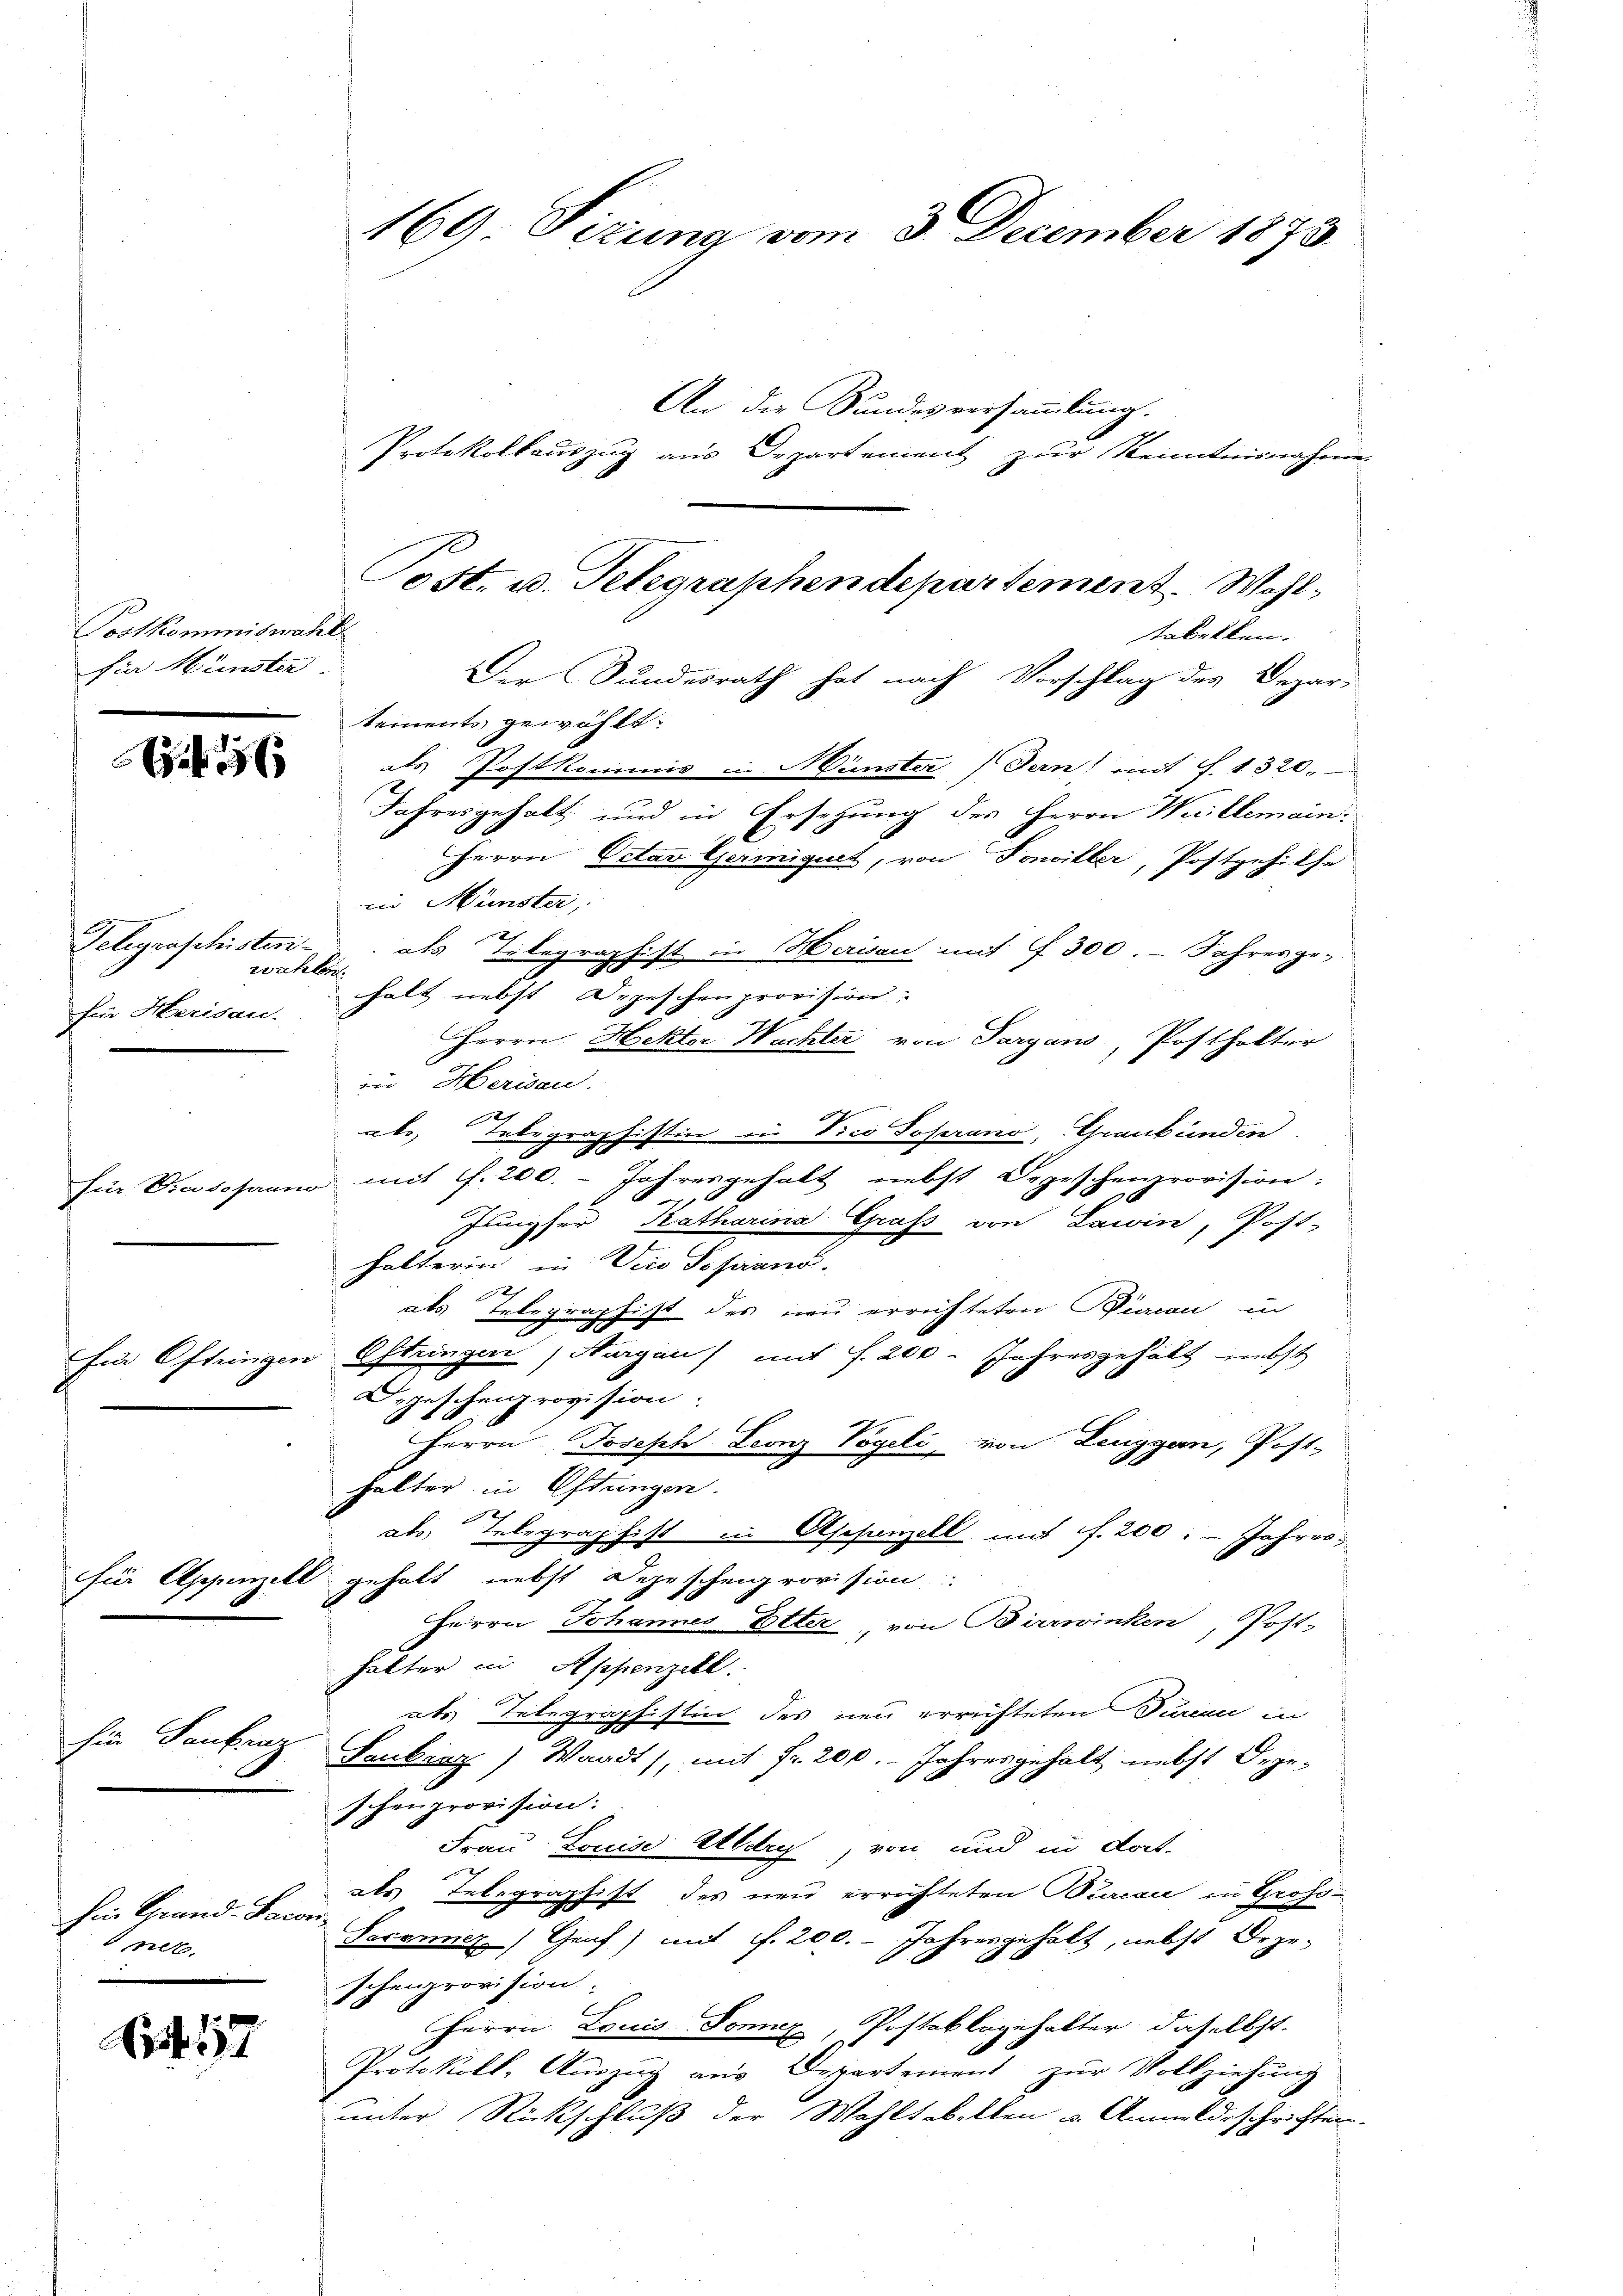
Postkommiswahl
sir Münster.

156

Telegraphisteriwahlen
für Herisau.

fün Oftringen

für Appenzel

hin Saukraz

hin Grand-Pac
net.

Lit. 117

An die Bundesversammlung.
Protokollauszug aus Departement zur Kenntnisnahme
tabellen. |
Der Sundesrath hat nach Vorschlag des Depar-
tements gewählt:
als Postkommis in Münster Tern) mit S. 1320.
Jahresgehalt und in Ersehung des Herrn Weillemain
Herrn Octav Germiget, von Tonviller, Postgehilfe
in Münster,
i
als Telegraphist in Werisau mit f 300. - Jahresge-
halt nebst Depeschenprovision.
Herrn Hektor Wachter von Taryans, Posthalter
in Herisau.
aks Telegraphistin in Dico Poperano, Graubünden
Für Vicsosaun mit 1. 200. - Jahresgehalt nebst Depeschenprovision:
8
Jungfer Katharina Graf von Lawin, Post-
halterin in Vice Sofiand.
als Telegraphist des neu errichteten Pian in
Estringen (Nargau) mit s. 200. Jahresgehält nebst
Depeschenprovision.
6
Herrn Joseph Leonz Vögeli, von Leuggen, Post-
halter in Estungen.
ch
als, Telegraphist in Aschanzell mit f. 200. - Jahresgehalt nebst Depescheigrovision:
Herrn Johannes Etter, von Birwinken, Post-
halter in Appenzell.
ats Telegraphistin des neu errichteten Jurien in
Saubarz) Waadt, mit fr. 200. Jahresgehalt nebst Degeschenprovision.
Frau Louise Aldry, von und in dat.
als Telegraphist des neu errichteten Bureau in Groß-
Secenicz) Graf) mit f. 200. - Jahresgehalt, nebst Degeschenrovision.
Herrn Loccis Sonne, Postablagehalter daselbst.
Protokoll, Auszug aus Departement zur Vollziehung
unter Rückschluß der Wahltabellen u. Anmeldeschrister.

Post. u. Telegraphendepartement. Wahl¬

169. Sizung vom 3. December 1873